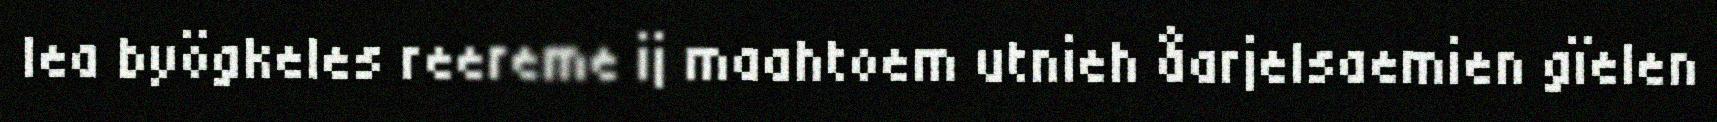
lea byögkeles reereme ij maahtoem utnieh åarjelsaemien gïelen